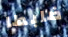
ضابطا